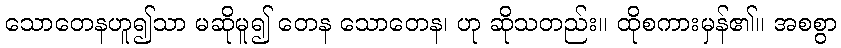
သောတေနဟူ၍သာ မဆိုမူ၍ တေန သောတေန၊ ဟု ဆိုသတည်း။ ထိုစကားမှန်၏။ အစစွာ